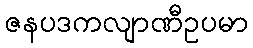
ဇနပဒကလျာဏီဥပမာ